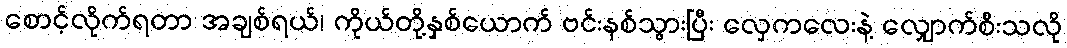
စောင့်လိုက်ရတာ အချစ်ရယ်၊ ကိုယ်တို့နှစ်ယောက် ဗင်းနစ်သွားပြီး လှေကလေးနဲ့ လျှောက်စီးသလို